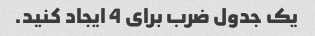
یک جدول ضرب برای 4 ایجاد کنید.